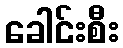
ခေါင်းစီး